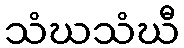
သံဃသံဃီ